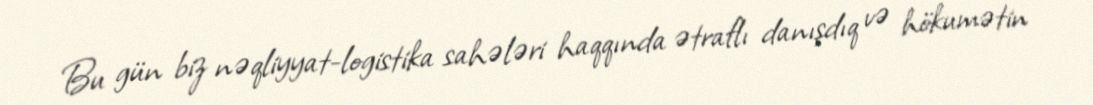
Bu gün biz nəqliyyat-logistika sahələri haqqında ətraflı danışdıq və hökumətin